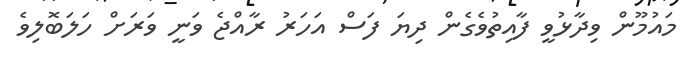
މައުމޫން ވިދާޅުވީ ފާއިތުވެގެން ދިޔަ ފަސް އަހަރު ރާއްޖެ ވަނީ ވަރަށް ހަލަބޮލިވެ